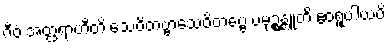
ဂီဝံ အတ္ထရာဟီတိ သေဝိတဗ္ဗာသေဝိတဗ္ဗေ ပမုဉ္စန္တူတိ ဧဝရူပါယပိ